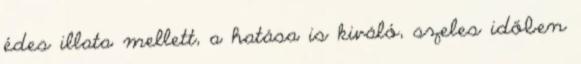
édes illata mellett, a hatása is kiváló, szeles időben